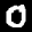
Digit: 0